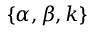
\{ \alpha , \beta , k \}